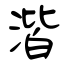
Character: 湝